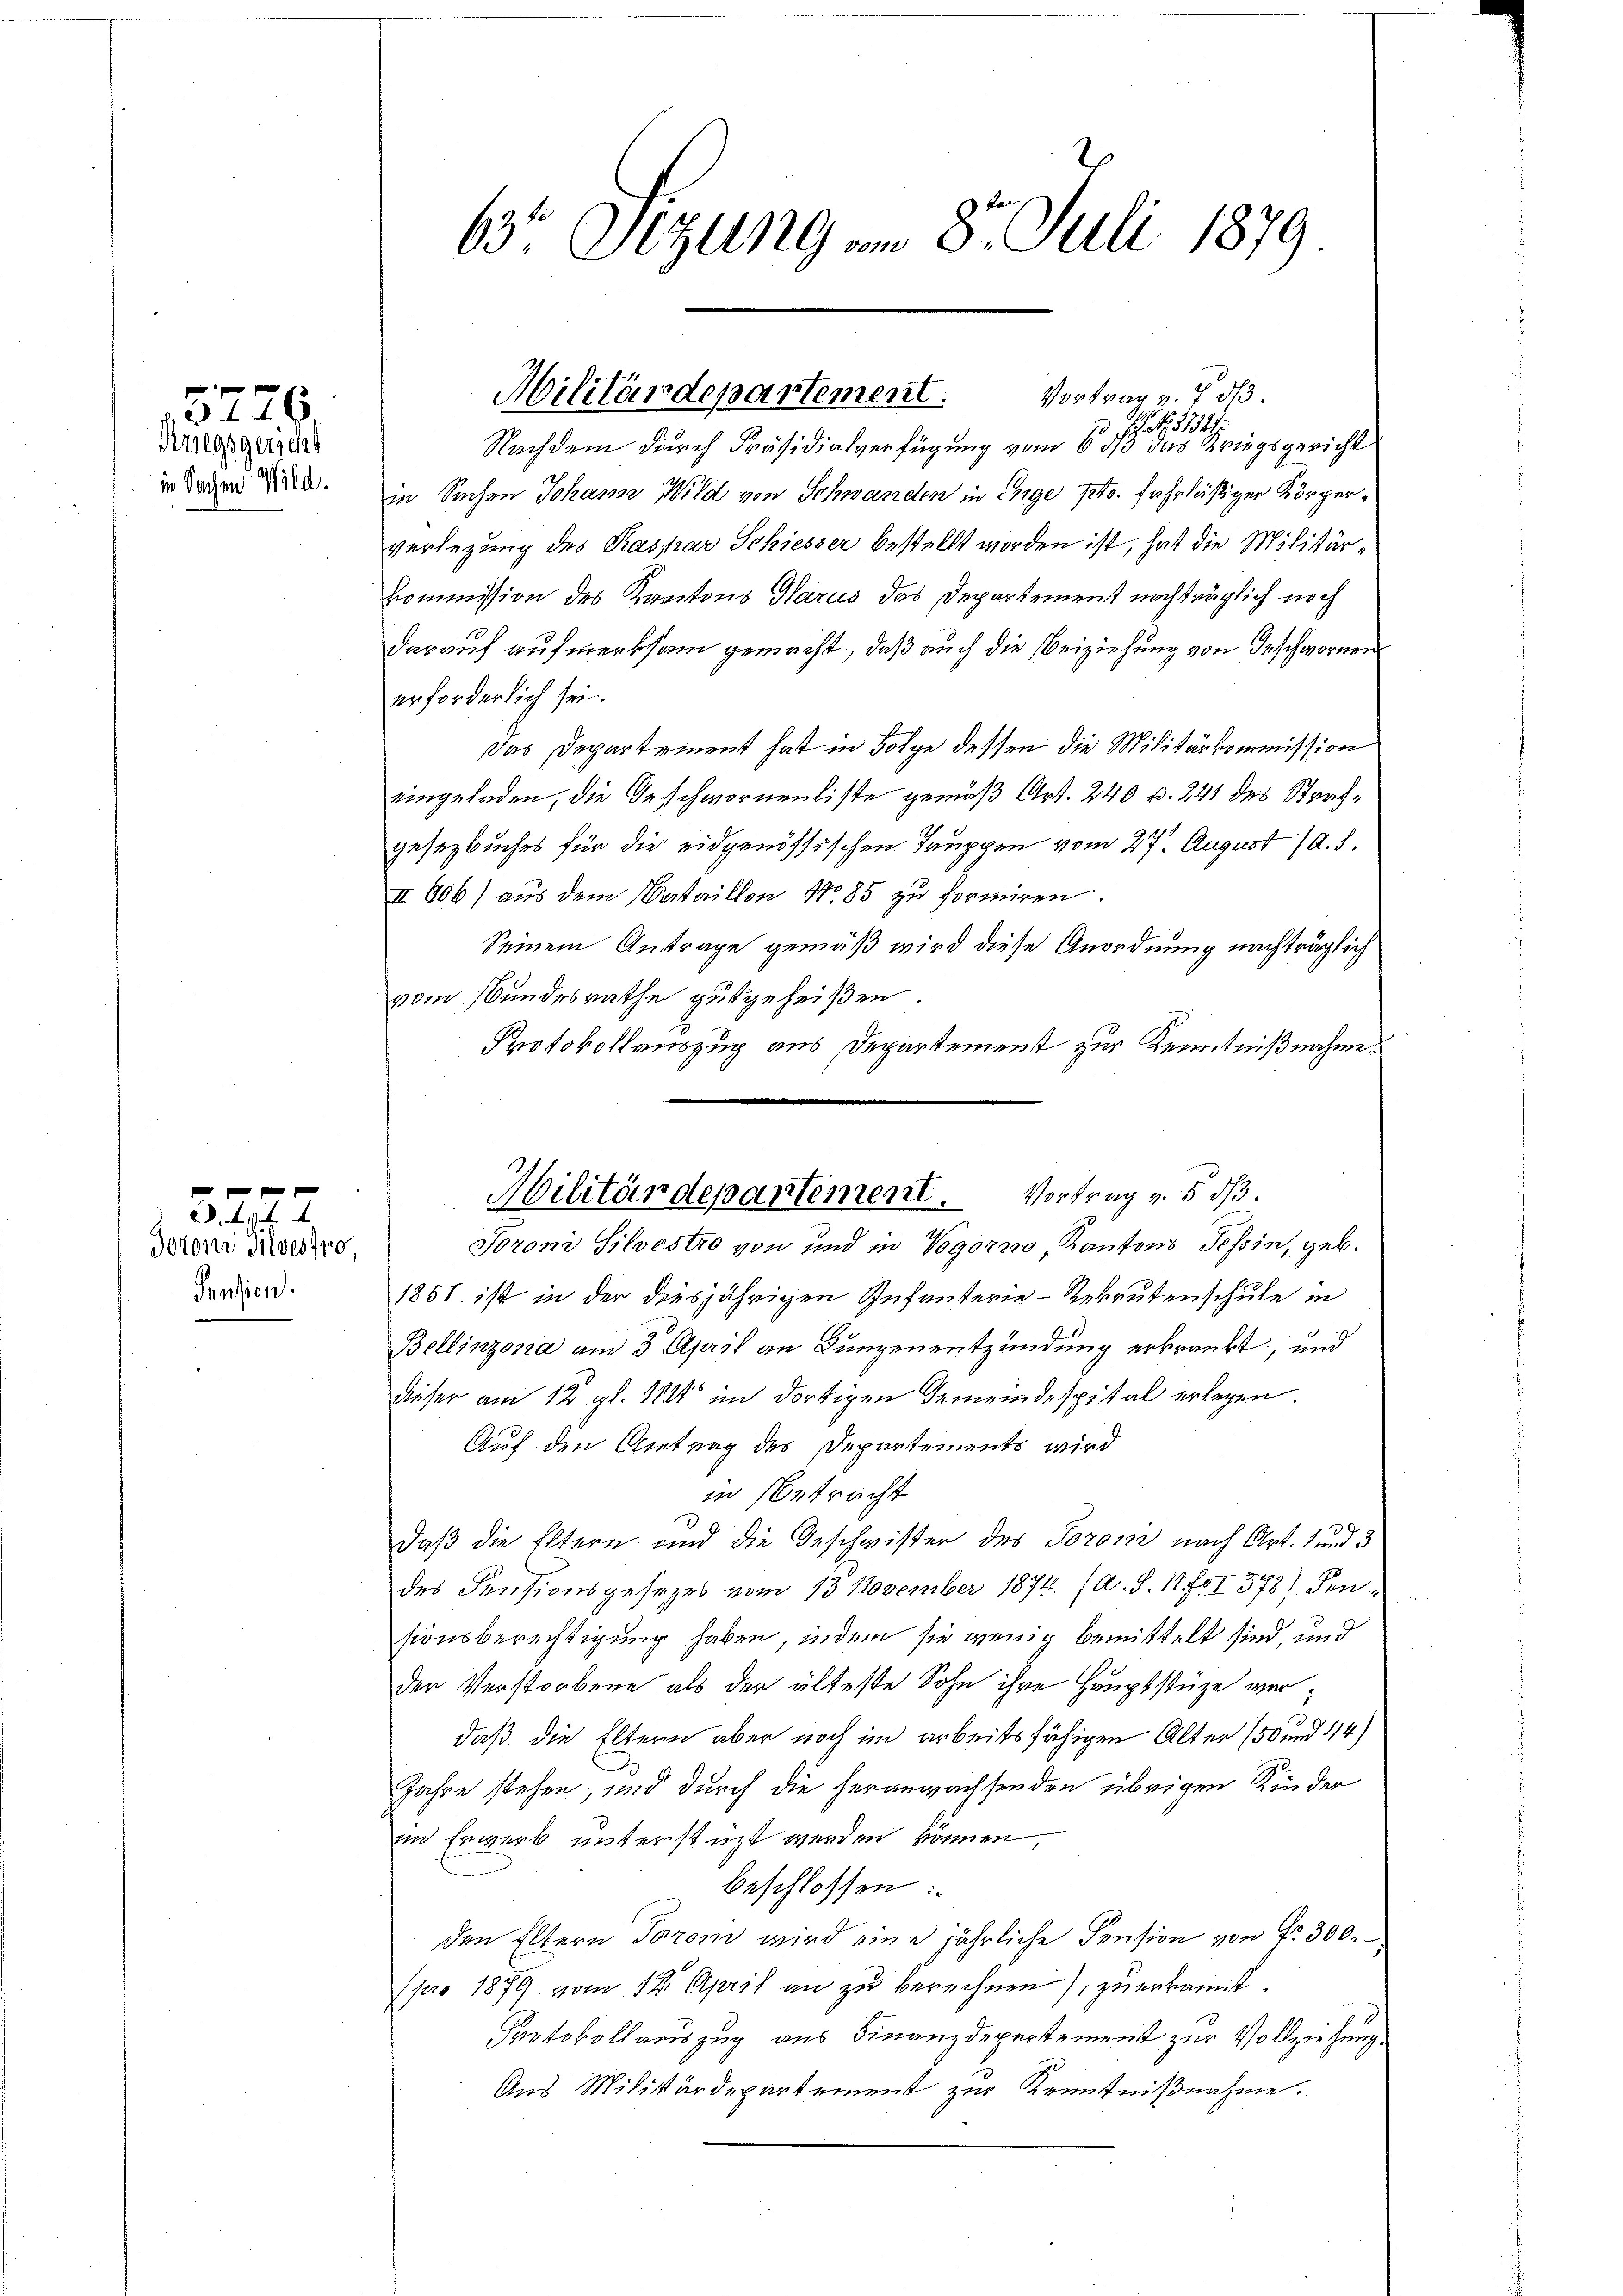
5776
Kriegsgericht
in Sachen Wild.

Torono Mildes fro
Pension.

f 0 x x
d. 4. 94

Nachdem durch Präsidialverfügung vom 6 1/3 das Kriegsgericht
in Sachen Johann Wild von Schwanden in Enge pto fahrlässiger Körperverlegung des Kaspar Schiesser bestellt worden ist, hat die Militärkommission des Kantons Harus das Departement nachträglich noch
darauf aufmerksam gemacht, daß auch die Beiziehung von Geschwornen
erforderlich sei.
Das Departement hat in Folge dessen die Militärkommission
eingeladen, die Geschwornenliste gemäß Art. 240 p. 241 des Strafgesezbuches für die eidgenössischen Tauppen vom 27. August (d. d.
II 806) aus dem Bataillon No. 85 zu formiren.
Seinem Antrage gemäß wird diese Anordnung nachträglich
vom Bundesrathe gutgeheißen.
Protokollauszug aus Departement zur Kenntnißnahme.
Toroni Silvestro von und in Vogorro, Kantons Tessin, geb.
1851 ist in der diesjährigen Infanterie-Rekrutenschule in
Bellinzona am 3. April an Lungenentzündung erkränkt, und
dieser am 12. gl. 1821 im dortigen Gemeindespital erlegen.
Auf den Antrag des Departements wird
in betracht
daß die Eltern und die Geschwister des Torom nach Art. 1 und 3
des Pensionsgesezes vom 13 November 1874. (A. S. 11 fI 578) densionsberechtigung haben, indem sie wenig bemittelt sind, und
den Verstorbene als der älteste Sohn ihre Hauptstüze werdaß die Eltern aber noch im arbeitsfähigen Alter 150 und 44)
Jahre stehen, und durch die heranwachsenden übrigen Kinder
in Erwerb unterstüzt werden können,
beschlossen:
den Eltern Torom wird eine jährliche Pension von fr. 300.
Apro 1879 vom 12. April an zu berechnen), zuerkannt.
Protokollauszug aus Finanzdepartement zur Vollziehung.
Aus Militärdepartement zur Kenntnißnahme.

63. Seizung am 8. Juli 1879

Militärdepartement.
Vortrag v. 7. d.
  1327

Militärdepartement. Vortrag v. 5 d